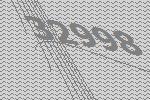
32998